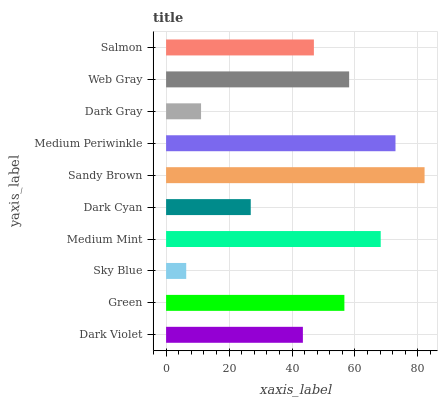
| yaxis_label | bars |
 | --- | --- |
 | Dark Violet | 43.5 |
 | Green | 56.6 |
 | Sky Blue | 6.39 |
 | Medium Mint | 68.2 |
 | Dark Cyan | 26.9 |
 | Sandy Brown | 82.1 |
 | Medium Periwinkle | 72.9 |
 | Dark Gray | 11.1 |
 | Web Gray | 58.1 |
 | Salmon | 47 |